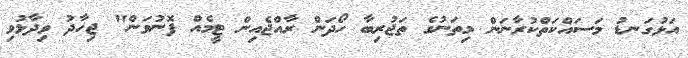
އަޅުގަނޑު މަސައްކަތްކުރާނަން މިތަނުގެ ތަޖުރިބާ ހޯދަން ރާއްޖެއިން ޓީމެއް ފޮނުވަން" ޖިހާދު ވިދާޅުވި